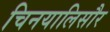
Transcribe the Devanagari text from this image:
चिनयालिसौर